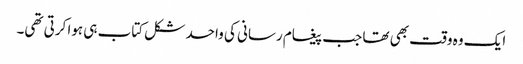
ایک وہ وقت بھی تھا جب پیغام رسانی کی واحد شکل کتاب ہی ہوا کرتی تھی۔